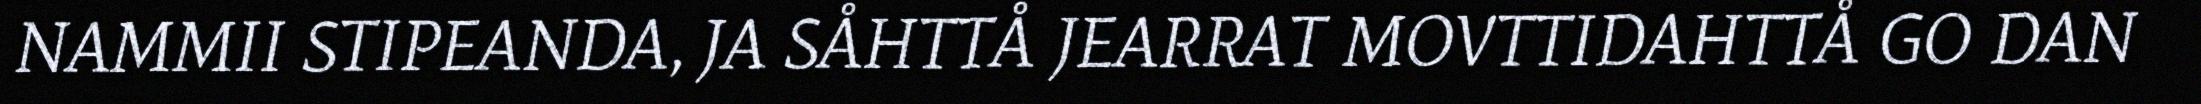
NAMMII STIPEANDA, JA SÅHTTÅ JEARRAT MOVTTIDAHTTÅ GO DAN